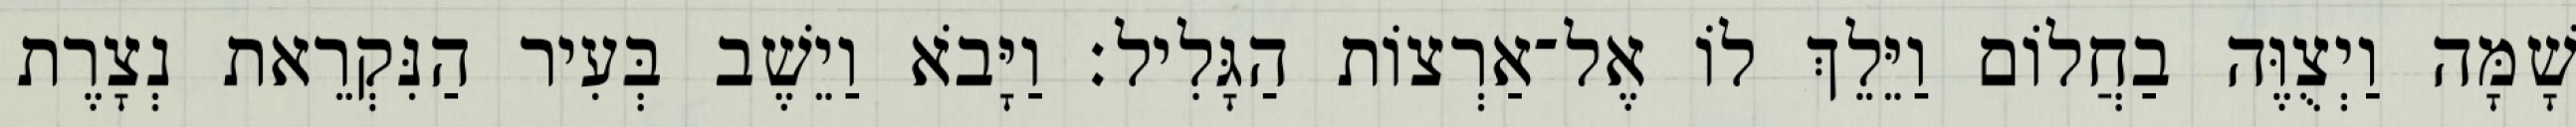
שָׁמָּה וַיְצֻוֶּה בַחֲלוֹם וַיֵּלֵךְ לוֹ אֶל־אַרְצוֹת הַגָּלִיל׃ וַיָּבֹא וַיֵשֶׁב בְּעִיר הַנִּקְרֵאת נְצָרֶת